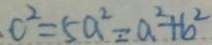
\cdot c ^ { 2 } = 5 a ^ { 2 } = a ^ { 2 } + b ^ { 2 }